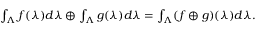
\begin{array} { r } { \int _ { \Lambda } f ( \lambda ) d \lambda \oplus \int _ { \Lambda } g ( \lambda ) d \lambda = \int _ { \Lambda } ( f \oplus g ) ( \lambda ) d \lambda . } \end{array}